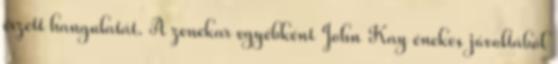
érzett hangulatát. A zenekar egyébként John Kay énekes jóvoltából